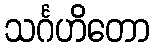
သင်္ဂဟိတော